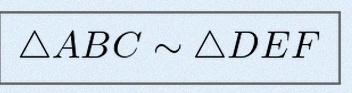
\triangle ABC\sim\triangle DEF